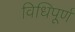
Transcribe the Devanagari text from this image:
विधिपूर्ण